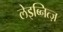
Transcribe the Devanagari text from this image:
लेइब्नित्ज़